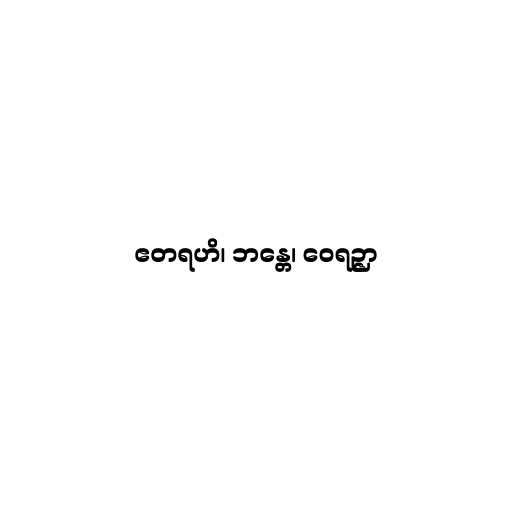
ဧတရဟိ၊ ဘန္တေ၊ ဝေရဉ္ဇာ